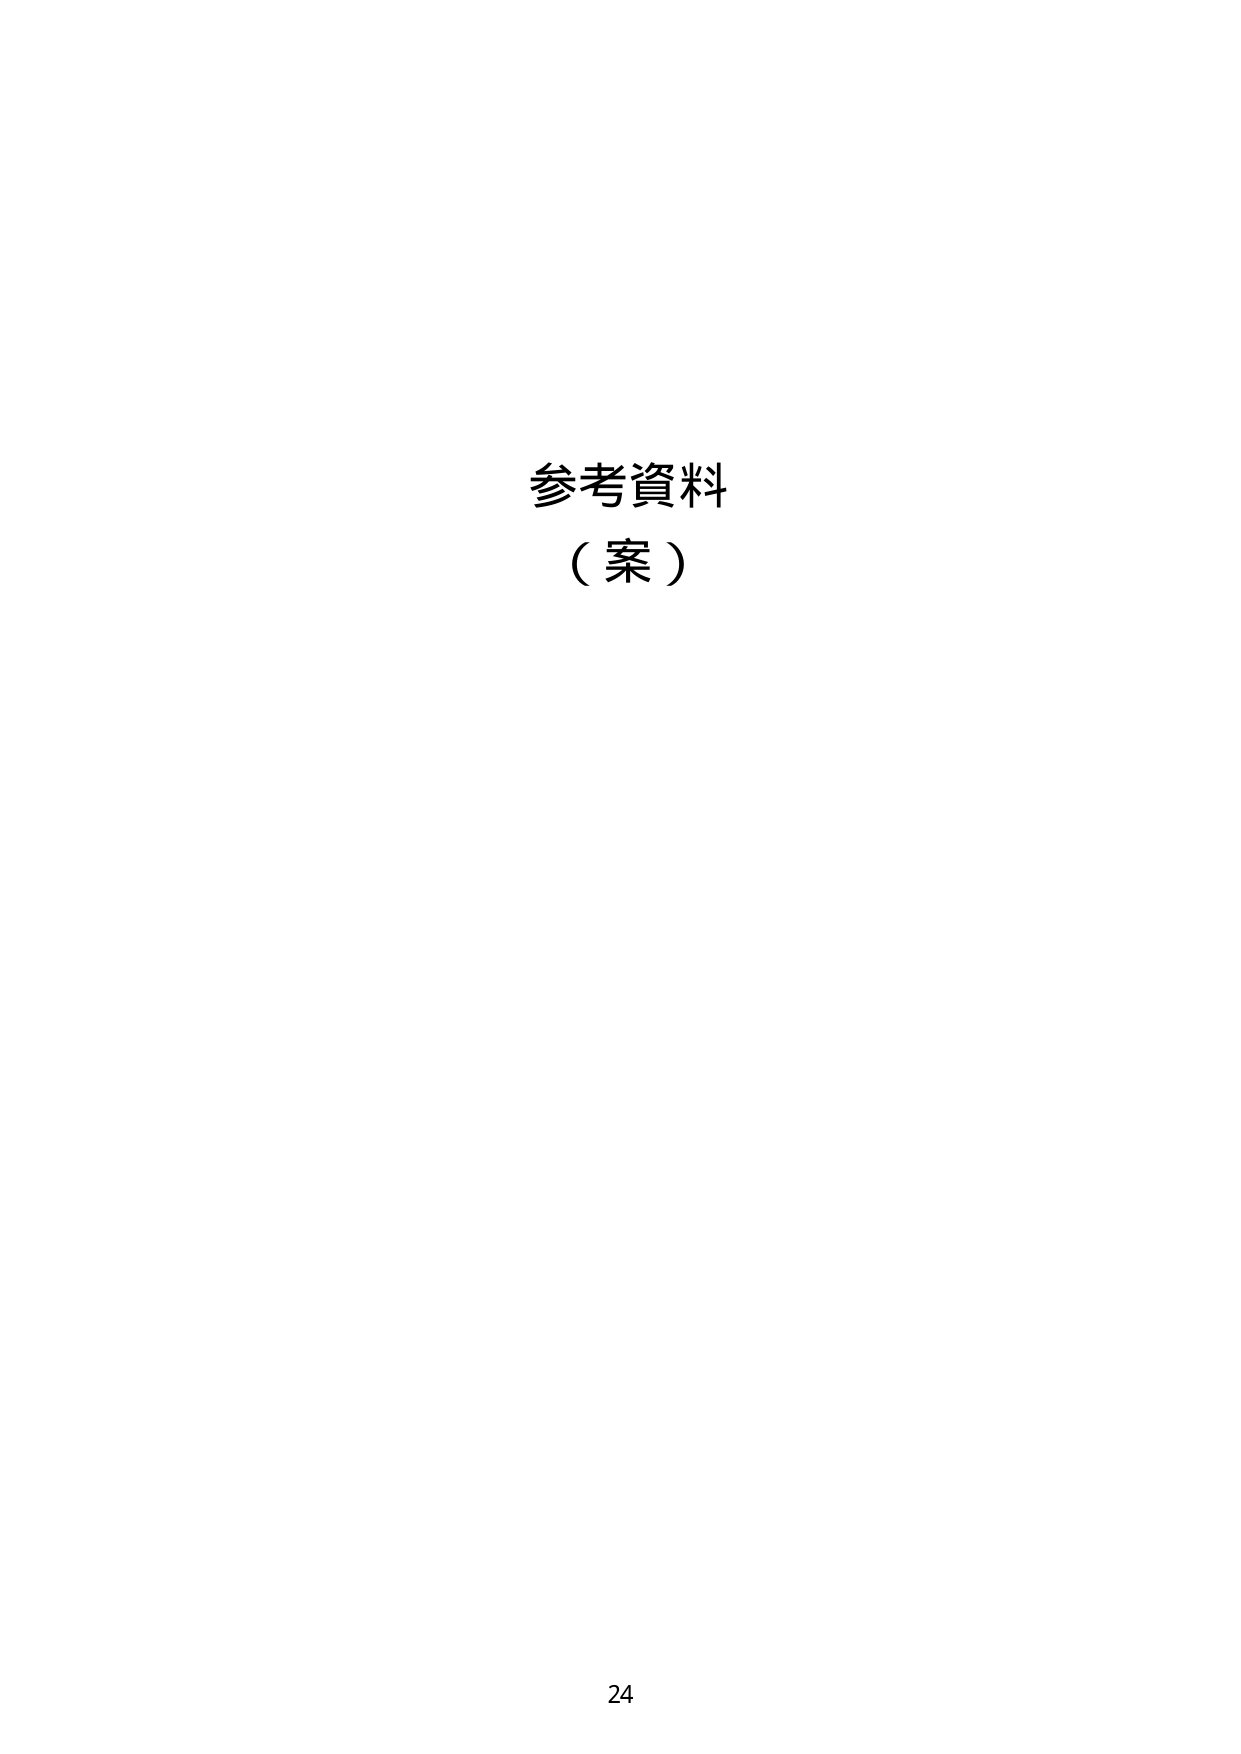
参考資料
（案）
24